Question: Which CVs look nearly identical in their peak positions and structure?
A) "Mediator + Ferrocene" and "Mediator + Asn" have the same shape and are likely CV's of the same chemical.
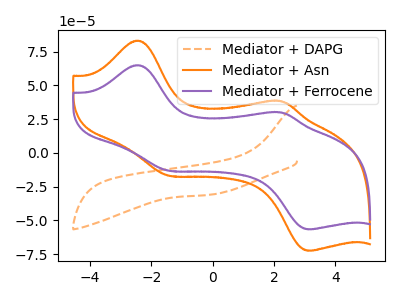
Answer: <think>The orange dashed curve "Mediator + DAPG" has no peaks. The orange curve "Mediator + Asn" has anodic peaks at (-2.45V, 83.10uA) (2.25V, 38.25uA) and cathodic peaks at (-1.45V, -16.75uA) (3.20V, -72.35uA). The purple curve "Mediator + Ferrocene" has anodic peaks at (-2.45V, 64.90uA) (2.25V, 29.90uA) and cathodic peaks at (-1.45V, -13.10uA) (3.20V, -56.55uA).
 "Mediator + DAPG" and "Mediator + Asn" have a different number of peaks. "Mediator + DAPG" and "Mediator + Ferrocene" have a different number of peaks. All the peaks in "Mediator + Asn" have a peak in "Mediator + Ferrocene" at the same potential. Every peak in "Mediator + Asn" is higher than every peak in "Mediator + Ferrocene".</think>
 <answer>A) "Mediator + Ferrocene" and "Mediator + Asn" have the same shape and are likely CV's of the same chemical.</answer>
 <eval>A</eval>